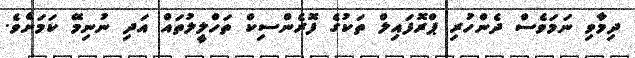
ދިމާވި ނަމަވެސް ދެންހުރި ޕްރޮފައިލް ތަކުގެ ފޮރެންސިކް ތަހްލީލުތައް އަދި ނުނިމޭ ކަމަށެވެ.